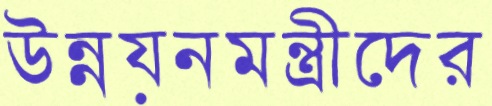
উন্নয়নমন্ত্রীদের